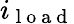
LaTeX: i_{\mathrm{~l~o~a~d~}}